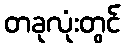
တခုလုံးတွင်